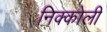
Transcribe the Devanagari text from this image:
निक्कोली